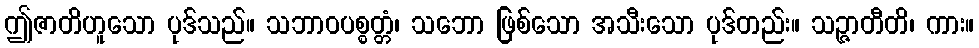
ဤဇာတိဟူသော ပုဒ်သည်။ သဘာဝပစ္စတ္တံ၊ သဘော ဖြစ်သော အသီးသော ပုဒ်တည်း။ သဉ္ဇာတီတိ၊ ကား။